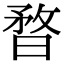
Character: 暓